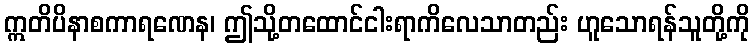
ဣတိပိနာစကာရဏေန၊ ဤသို့တထောင်ငါးရာကိလေသာတည်း ဟူသောရန်သူတို့ကို